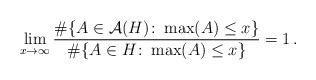
LaTeX: \begin{align*} \lim_{x \to \infty} \frac{\# \{ A \in \mathcal A (H) \colon \max (A) \le x \}}{\# \{ A \in H \colon \max (A) \le x \}} = 1 \,. \end{align*}